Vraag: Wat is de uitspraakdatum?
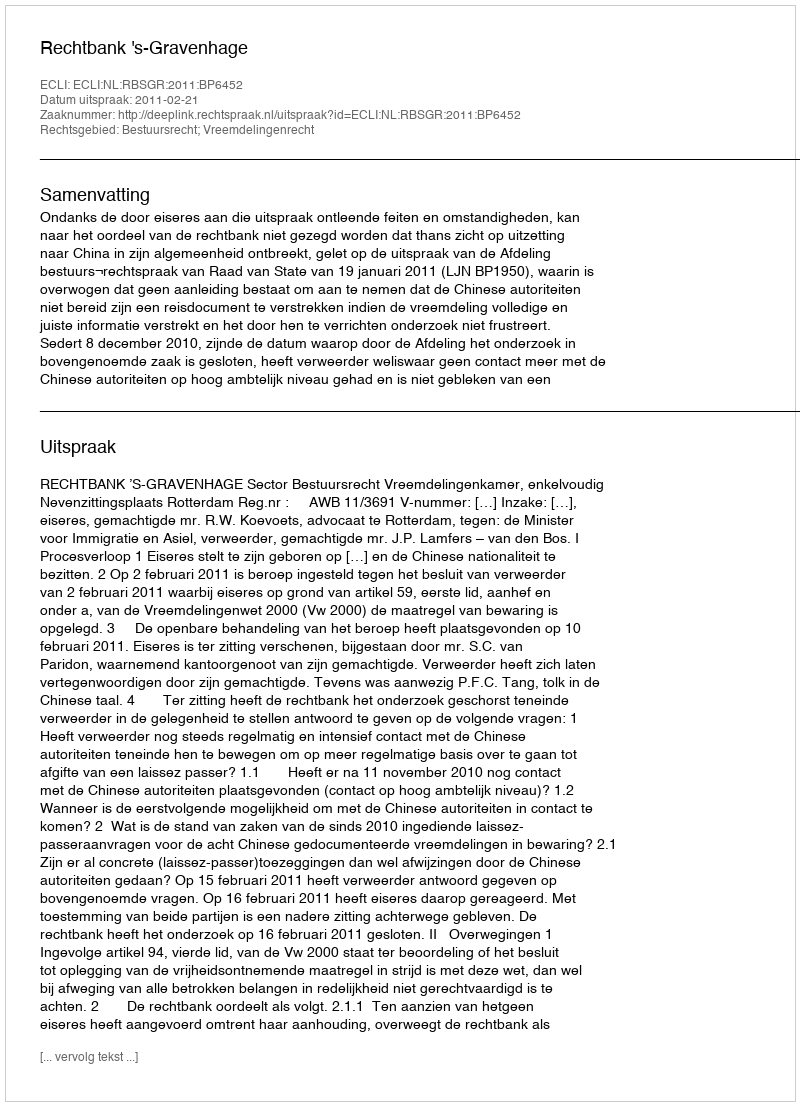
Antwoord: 2011-02-21